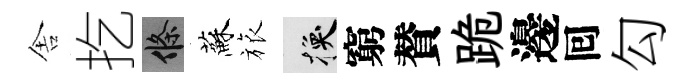
舎扢條蘇旅换窮賛跪邊囘勾